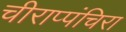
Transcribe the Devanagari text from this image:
चीराप्पंचिरा